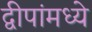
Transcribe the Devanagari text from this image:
द्वीपांमध्ये